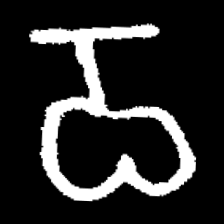
Pyu character \u2014 Myanmar letter: ဝ (romanized: wa)